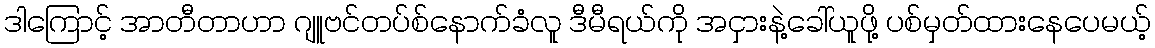
ဒါကြောင့် အာတီတာဟာ ဂျူဗင်တပ်စ်နောက်ခံလူ ဒီမီရယ်ကို အငှားနဲ့ခေါ်ယူဖို့ ပစ်မှတ်ထားနေပေမယ့်